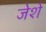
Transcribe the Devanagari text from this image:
जेशे